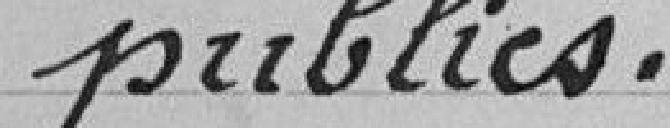
publics